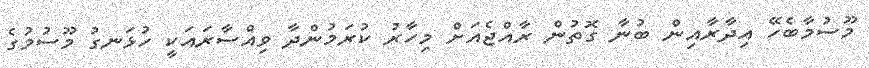
މޫސުމާބެހޭ އިދާރާއިން ބުނާ ގޮތުން ރާއްޖެއަށް މިހާރު ކުރަމުންދާ ވިއްސާރައަކީ ހުޅަނގު މޫސުމުގެ